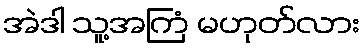
အဲဒါ သူ့အကြံ မဟုတ်လား